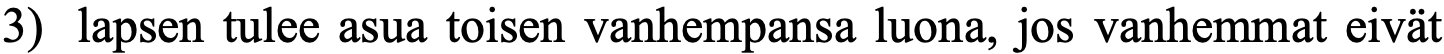
3) lapsen tulee asua toisen vanhempansa luona, jos vanhemmat eivät